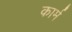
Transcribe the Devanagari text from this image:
कार्म